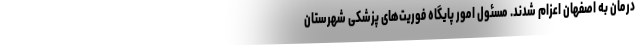
درمان به اصفهان اعزام شدند. مسئول امور پایگاه فوریت‌های پزشکی شهرستان